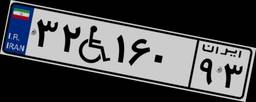
۳۲W۱۶۰۹۳